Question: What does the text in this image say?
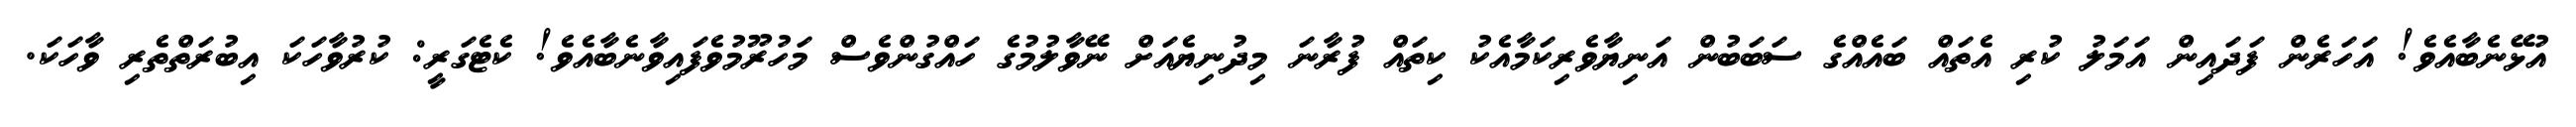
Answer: އުޅޭނެބާއެވެ! އަހަރެން ފަދައިން އަމަލު ކުރި އެތައް ބައެއްގެ ސަބަބުން އަނިޔާވެރިކަމާއެކު ކިތައް ފުރާނަ މިދުނިޔެއަށް ނޭވާލުމުގެ ހައްގުންވެސް މަހުރޫމުވެފައިވާނެބާއެވެ! ކެޓެގަރީ: ކުރުވާހަކަ އިބުރަތްތެރި ވާހަކަ.